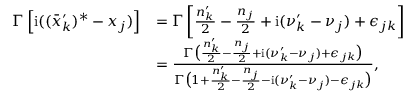
\begin{array} { r l } { \boldsymbol \Gamma \left[ \mathrm { i } ( ( \bar { x } _ { k } ^ { \prime } ) ^ { * } - x _ { j } ) \right] } & { = \boldsymbol \Gamma \left[ \frac { n _ { k } ^ { \prime } } 2 - \frac { n _ { j } } 2 + \mathrm { i } ( \nu _ { k } ^ { \prime } - \nu _ { j } ) + \epsilon _ { j k } \right] } \\ & { = \frac { \Gamma \bigl ( \frac { n _ { k } ^ { \prime } } 2 - \frac { n _ { j } } 2 + \mathrm { i } ( \nu _ { k } ^ { \prime } - \nu _ { j } ) + \epsilon _ { j k } \bigr ) } { \Gamma \bigl ( 1 + \frac { n _ { k } ^ { \prime } } 2 - \frac { n _ { j } } 2 - \mathrm { i } ( \nu _ { k } ^ { \prime } - \nu _ { j } ) - \epsilon _ { j k } \bigr ) } , } \end{array}